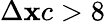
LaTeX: \Delta\mathbf{x}c>8